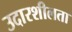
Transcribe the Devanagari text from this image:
उदारशीलता